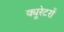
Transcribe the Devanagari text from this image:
क्यूरेटरों